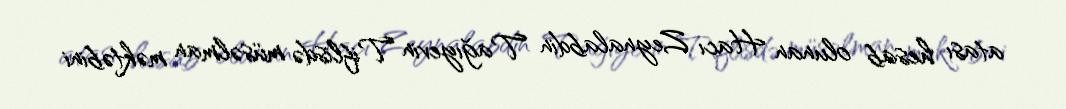
atası hesab olunan Hacı Zeynalabdin Tağıyevin Tiflisdə müsəlman məktəbini